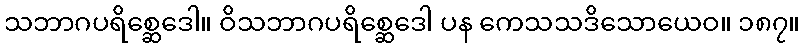
သဘာဂပရိစ္ဆေဒေါ။ ဝိသဘာဂပရိစ္ဆေဒေါ ပန ကေသသဒိသောယေဝ။ ၁၈၇။